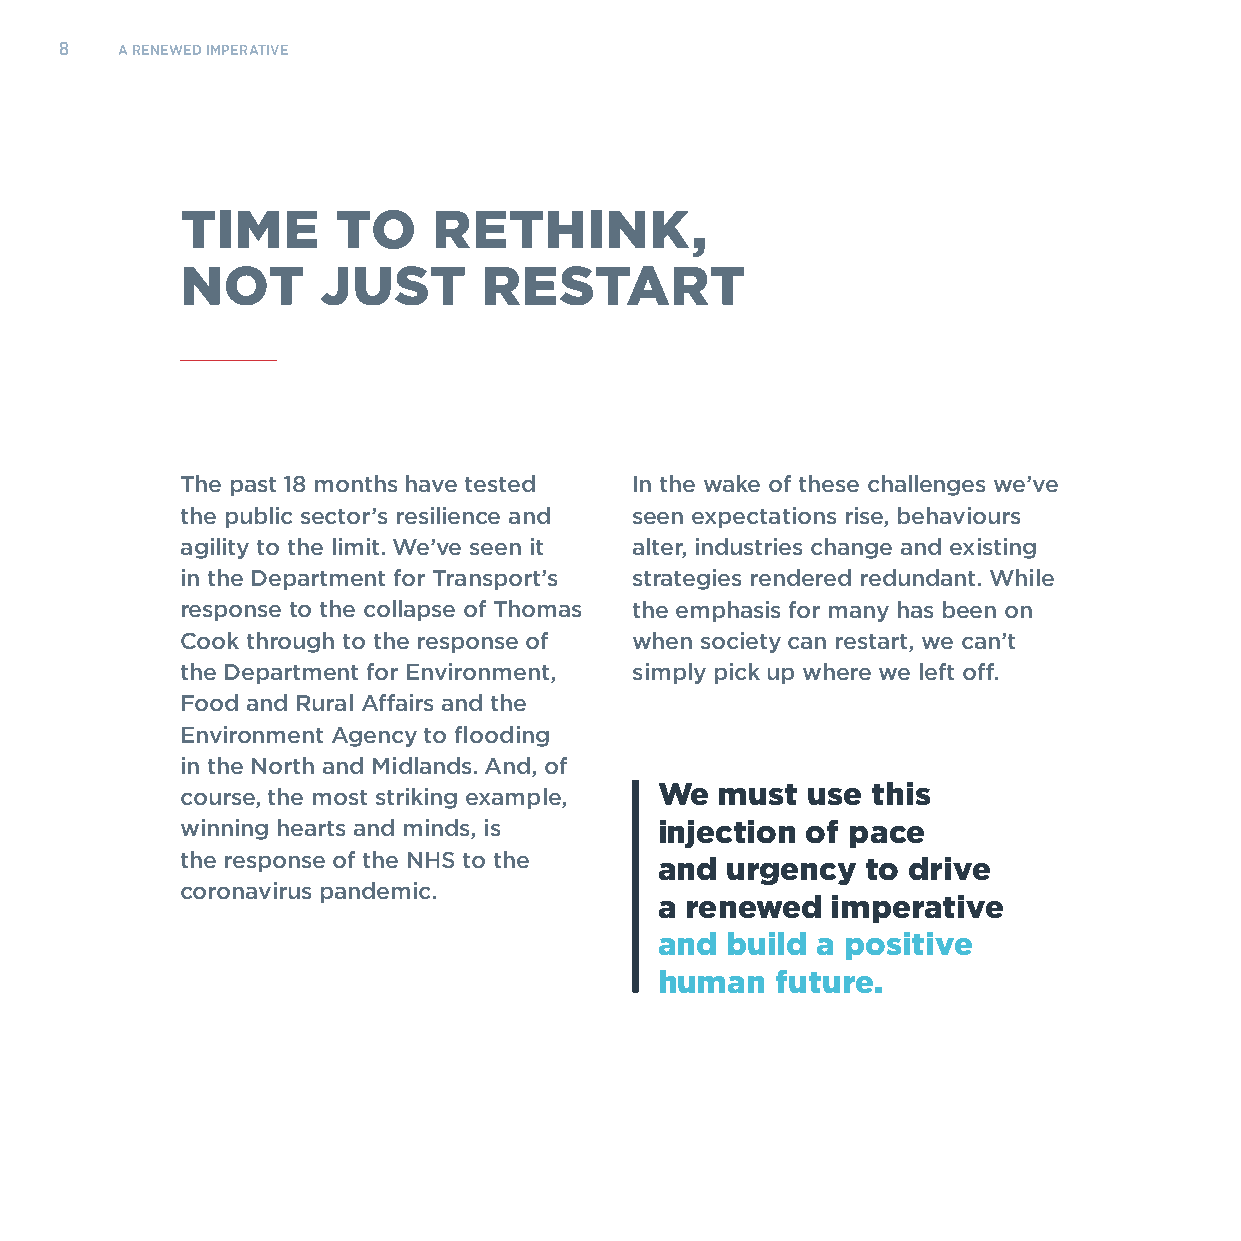
8   A RENEWED IMPERATIVE
 TIME      TO     RETHINK,
 NOT      JUST       RESTART
 The past 18 months have tested In the wake of these challenges we’ve
 the public sector’s resilience and seen expectations rise, behaviours
 agility to the limit. We’ve seen it alter, industries change and existing
 in the Department for Transport’s strategies rendered redundant. While
 response to the collapse of Thomas the emphasis for many has been on
 Cook through to the response of when society can restart, we can’t
 the Department for Environment, simply pick up where we left off.
 Food and Rural Affairs and the
 Environment Agency to flooding
 in the North and Midlands. And, of
 course, the most striking example, We must use this
 winning hearts and minds, is    injection of pace
 the response of the NHS to the
 and urgency  to drive
 coronavirus pandemic.
 a renewed  imperative
 and build a positive
 human  future.